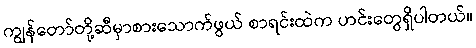
ကျွန်တော်တို့ဆီမှာစားသောက်ဖွယ် စာရင်းထဲက ဟင်းတွေရှိပါတယ်။